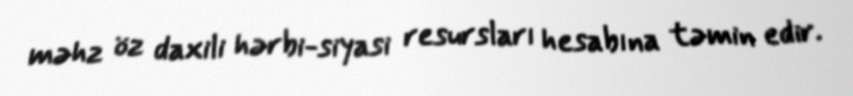
məhz öz daxili hərbi-siyasi resursları hesabına təmin edir.